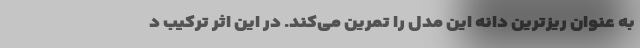
به عنوان ریزترین دانه این مدل را تمرین می‌کند. در این اثر ترکیب د